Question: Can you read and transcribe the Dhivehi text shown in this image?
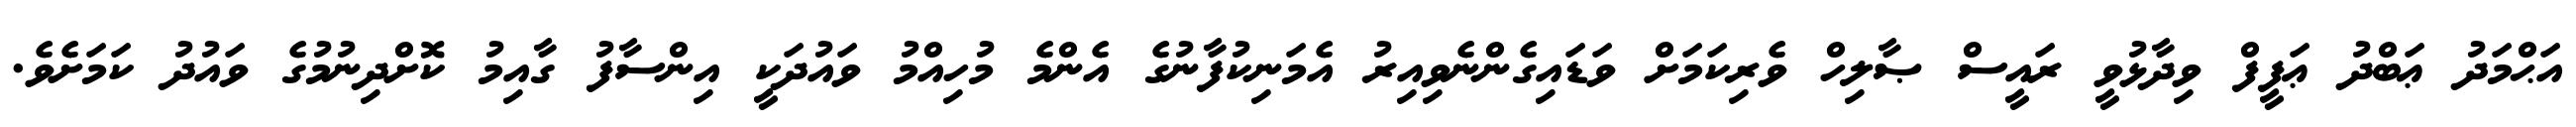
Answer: އަޙްމަދު ޢަބްދު ޢަފީފް ވިދާޅުވީ ރައީސް ޞާލިހް ވެރިކަމަށް ވަޑައިގެންނެވިއިރު އެމަނިކުފާނުގެ އެންމެ މުހިއްމު ވައުދަކީ އިންސާފު ގާއިމު ކޮށްދިނުމުގެ ވައުދު ކަމަށެވެ.